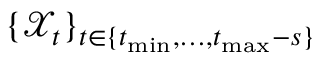
\{ \mathcal { X } _ { t } \} _ { t \in \{ t _ { \operatorname* { m i n } } , \dots , t _ { \operatorname* { m a x } } - s \} }